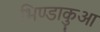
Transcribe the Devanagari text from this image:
भिण्डाकुआ